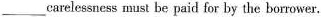
___carelessness must be paid for by the borrower.